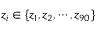
z _ { i } \in \{ z _ { 1 } , z _ { 2 } , \cdots , z _ { 9 0 } \}